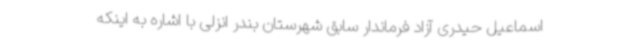
اسماعیل حیدری آزاد فرماندار سابق شهرستان بندر انزلی با اشاره به اینکه